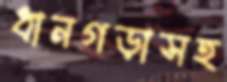
ধানগড়াসহ